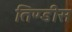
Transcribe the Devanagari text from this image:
तिण्डीस